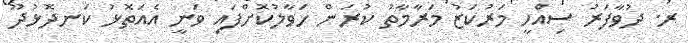
ރ. ދުވާފަރު ސިއްހީ މަރުކަޒު މަރާމާތު ކުރަން ހަވާލުކޮށްފައި ވަނީ އެއަތޮޅު ކަނދޮޅުދޫ